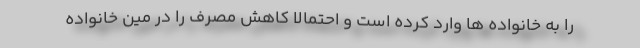
را به خانواده ها وارد کرده است و احتمالا کاهش مصرف را در مین خانواده